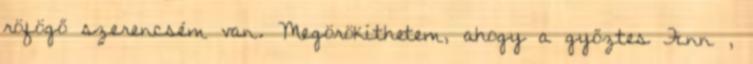
röfögő szerencsém van. Megörökíthetem, ahogy a győztes Finn ,